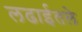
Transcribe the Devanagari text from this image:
लढाईतले